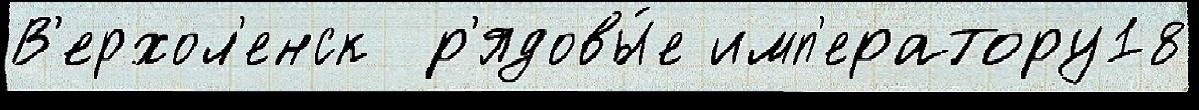
В'ерхол'енск  р'ядовы́е имп'ератору18